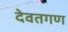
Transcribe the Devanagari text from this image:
देवतगण